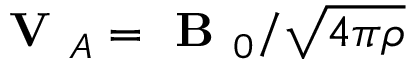
\textbf { V } _ { A } = \textbf { B } _ { 0 } / \sqrt { 4 \pi \rho }